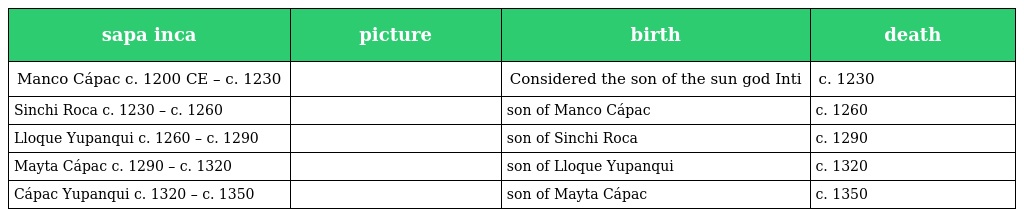
| sapa inca | picture | birth | death |
 | --- | --- | --- | --- |
 | Manco Cápac c. 1200 CE – c. 1230 |  | Considered the son of the sun god Inti | c. 1230 |
 | Sinchi Roca c. 1230 – c. 1260 |  | son of Manco Cápac | c. 1260 |
 | Lloque Yupanqui c. 1260 – c. 1290 |  | son of Sinchi Roca | c. 1290 |
 | Mayta Cápac c. 1290 – c. 1320 |  | son of Lloque Yupanqui | c. 1320 |
 | Cápac Yupanqui c. 1320 – c. 1350 |  | son of Mayta Cápac | c. 1350 |